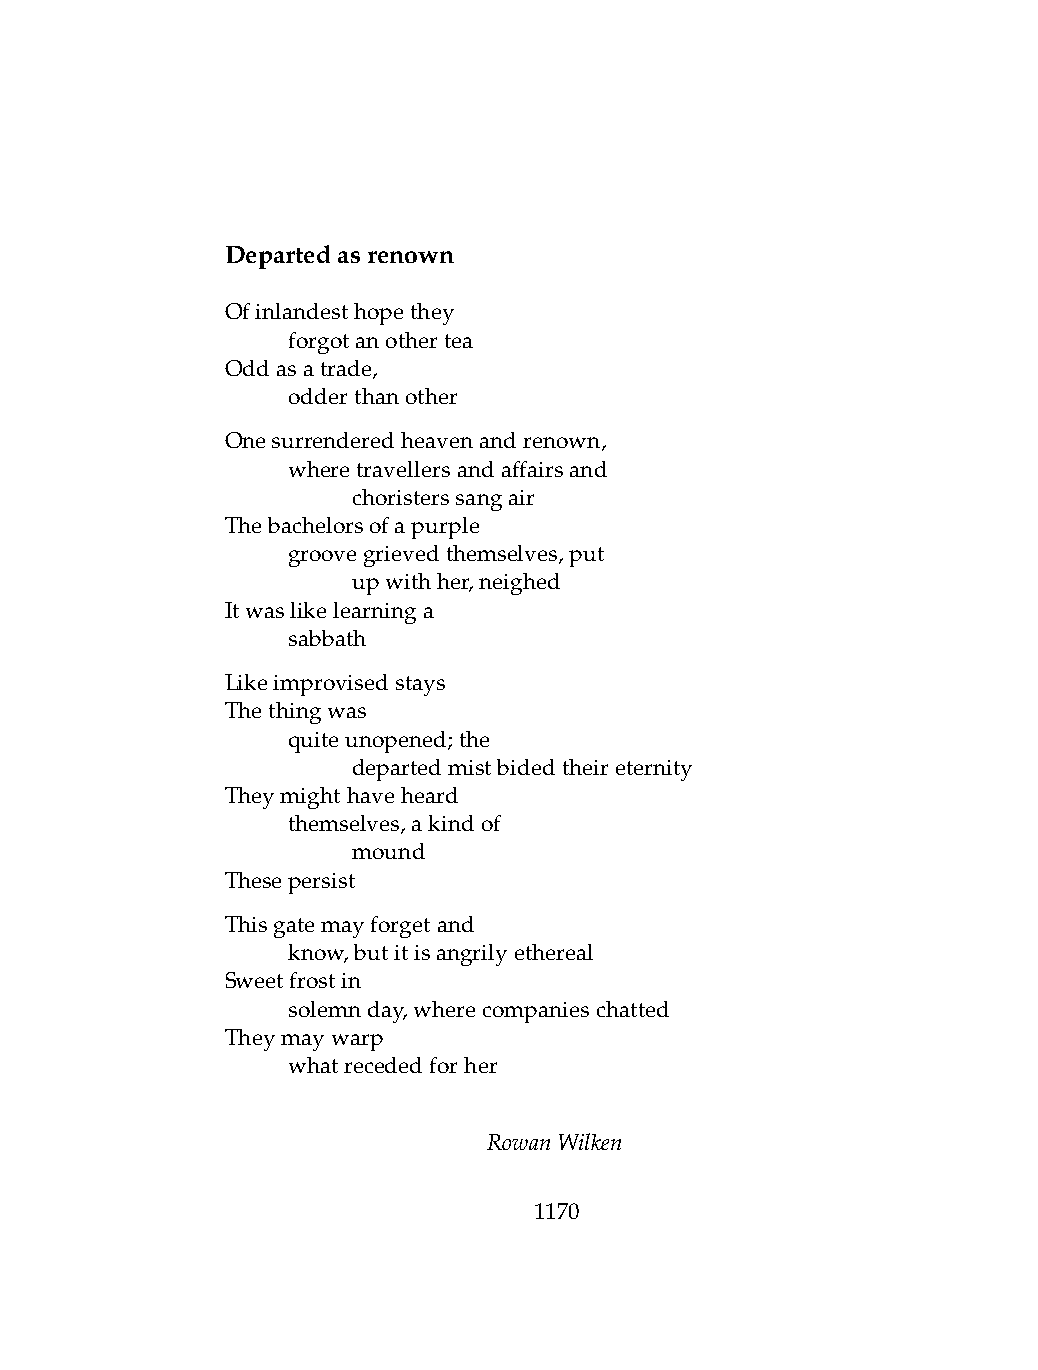
Departedasrenown
 Ofinlandesthopethey
 .   forgotanothertea
 Oddasatrade,
 .   odderthanother
 Onesurrenderedheavenandrenown,
 .   wheretravellersandaffairsand
 .   .   choristerssangair
 Thebachelorsofapurple
 .   groovegrievedthemselves,put
 .   .   upwithher,neighed
 Itwaslikelearninga
 .   sabbath
 Likeimprovisedstays
 Thethingwas
 .   quiteunopened;the
 .   .   departedmistbidedtheireternity
 Theymighthaveheard
 .   themselves,akindof
 .   .   mound
 Thesepersist
 Thisgatemayforgetand
 .   know,butitisangrilyethereal
 Sweetfrostin
 .   solemnday,wherecompanieschatted
 Theymaywarp
 .   whatrecededforher
 RowanWilken
 1170